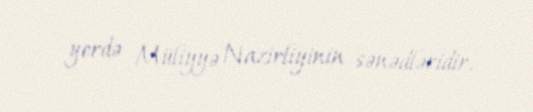
yerdə Müliyyə Nazirliyinin sənədləridir.